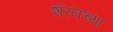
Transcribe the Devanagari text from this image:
शॅरनच्या